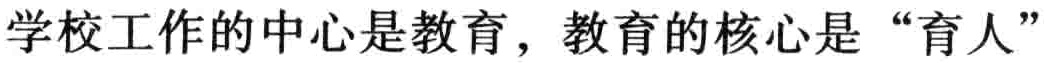
学校工作的中心是教育，教育的核心是“育人”